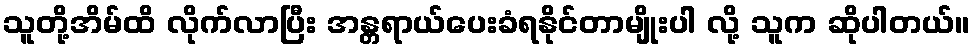
သူတို့အိမ်ထိ လိုက်လာပြီး အန္တရာယ်ပေးခံရနိုင်တာမျိုးပါ လို့ သူက ဆိုပါတယ်။